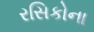
રસિકોના